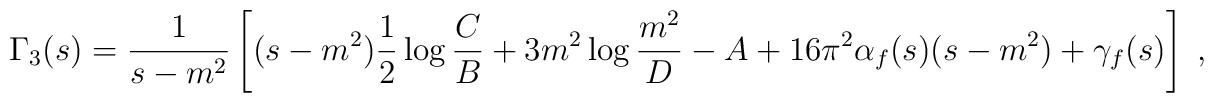
\Gamma_3(s) = \frac{1}{s-m^2}\left[(s-m^2)\frac{1}{2}\log\frac{C}{B} + 3m^2\log\frac{m^2}{D}-A +16\pi^2\alpha_f(s)(s-m^2)+\gamma_f(s)\right] \; ,